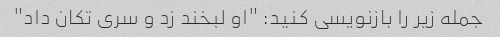
جمله زیر را بازنویسی کنید: "او لبخند زد و سری تکان داد"